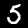
Digit: 5